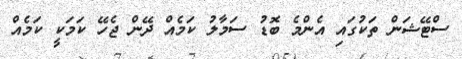
ސްޓޭޝަން ތަކުގައި އެންމެ ބޮޑު ސަމާލު ކަމެއް ދޭން ޖެހޭ ކަމަކީ ކަމެއް